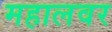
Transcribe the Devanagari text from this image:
महालवर